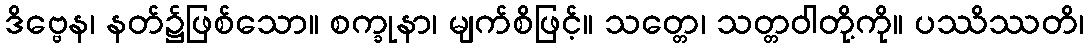
ဒိဗ္ဗေန၊ နတ်၌ဖြစ်သော။ စက္ခုနာ၊ မျက်စိဖြင့်။ သတ္တေ၊ သတ္တဝါတို့ကို။ ပဿိဿတိ၊